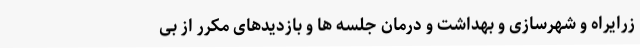
زرایراه و شهرسازی و بهداشت و درمان جلسه ها و بازدیدهای مکرر از بی